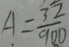
A = \frac { 3 2 } { 9 0 0 }